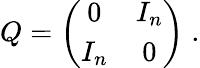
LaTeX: Q=\left(\begin{array}{cc}{{0}}&{{I_{n}}}\\ {{I_{n}}}&{{0}}\end{array}\right)\; .